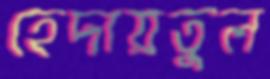
হেদায়তুল